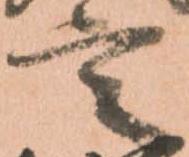
言